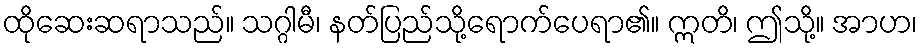
ထိုဆေးဆရာသည်။ သဂ္ဂါမီ၊ နတ်ပြည်သို့ရောက်ပေရာ၏။ ဣတိ၊ ဤသို့။ အာဟ၊